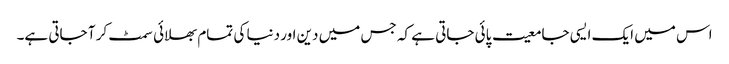
اس میں ایک ایسی جامعیت پائی جاتی ہے کہ جس میں دین اور دنیا کی تمام بھلائی سمٹ کر آ جاتی ہے۔